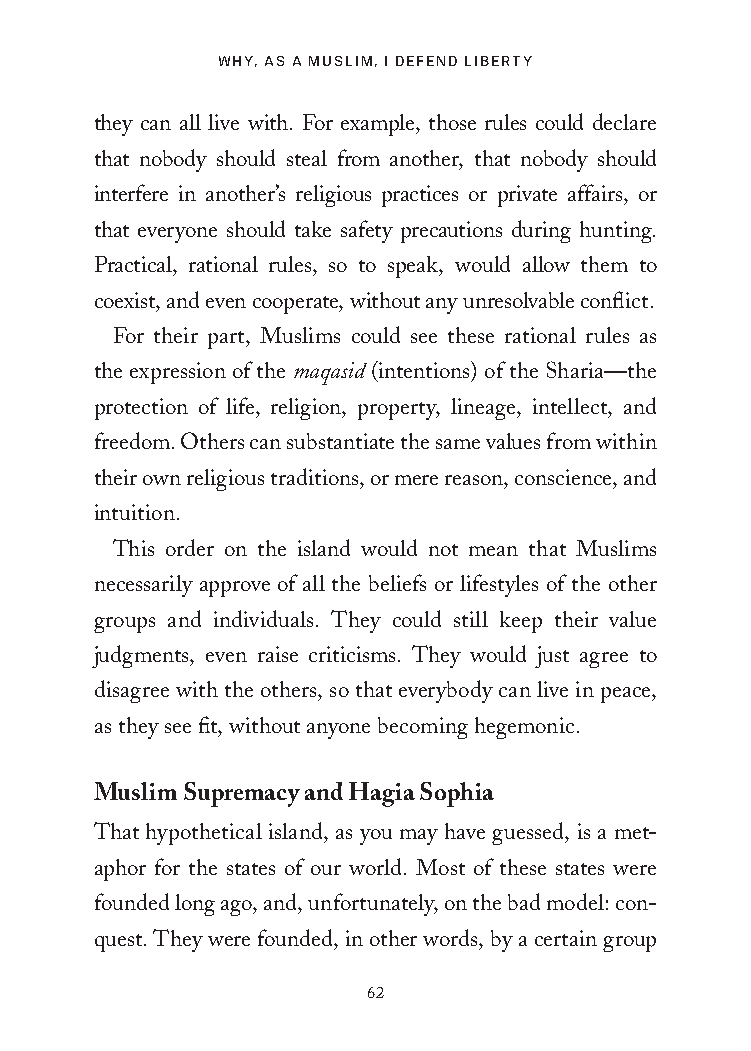
WHY, AS A MUSLIM, I DEFEND LIBERTY
 they can all live with. For example, those rules could declare
 that nobody should steal from another, that nobody should
 interfere in another’s religious practices or private affairs, or
 that everyone should take safety precautions during hunting.
 Practical, rational rules, so to speak, would allow them to
 coexist, and even cooperate, without any unresolvable conflict.
 For their part, Muslims could see these rational rules as
 the expression of the maqasid (intentions) of the Sharia—the
 protection of life, religion, property, lineage, intellect, and
 freedom. Others can substantiate the same values from within
 their own religious traditions, or mere reason, conscience, and
 intuition.
 This order on the island would not mean that Muslims
 necessarily approve of all the beliefs or lifestyles of the other
 groups and individuals. They could still keep their value
 judgments, even raise criticisms. They would just agree to
 disagree with the others, so that everybody can live in peace,
 as they see fit, without anyone becoming hegemonic.
 Muslim Supremacy and Hagia Sophia
 That hypothetical island, as you may have guessed, is a met-
 aphor for the states of our world. Most of these states were
 founded long ago, and, unfortunately, on the bad model: con-
 quest. They were founded, in other words, by a certain group
 62
 25320_Ch04.indd 62                      24/06/2021 9:08 AM